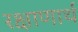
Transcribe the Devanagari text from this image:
रक्षाणार्थ